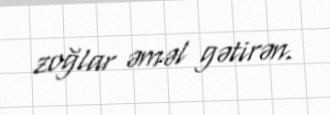
zoğlar əməl gətirən.